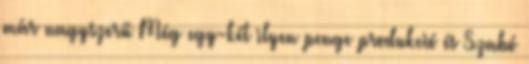
már nagyszerű Még egy-két ilyen penge produkció és Szabó